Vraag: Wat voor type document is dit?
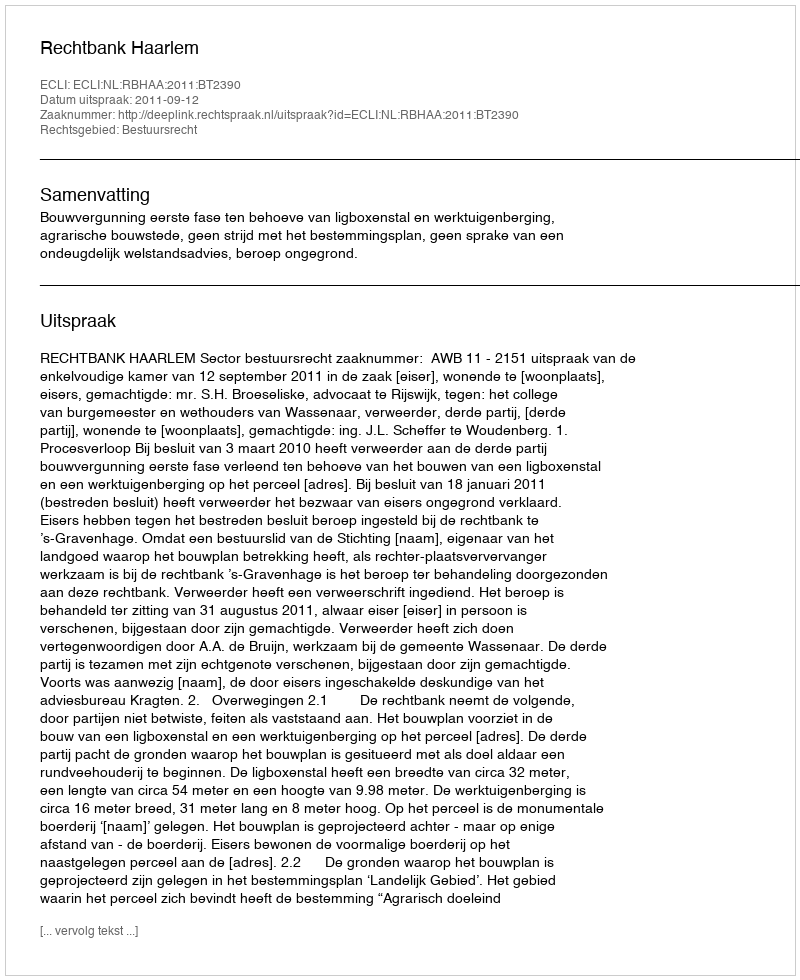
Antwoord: Uitspraak